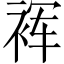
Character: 裈